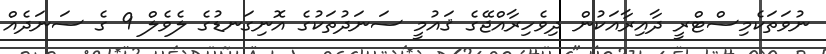
ނުވަތަކެމިސްޓްރީ ދާއިރާއަކުން ދިވެހިރާއްޖޭގެ ޤައުމީ ސަނަދުތަކުގެ އޮނިގަނޑުގެ ލެވެލް 9 ގެ ސަނަދެއް